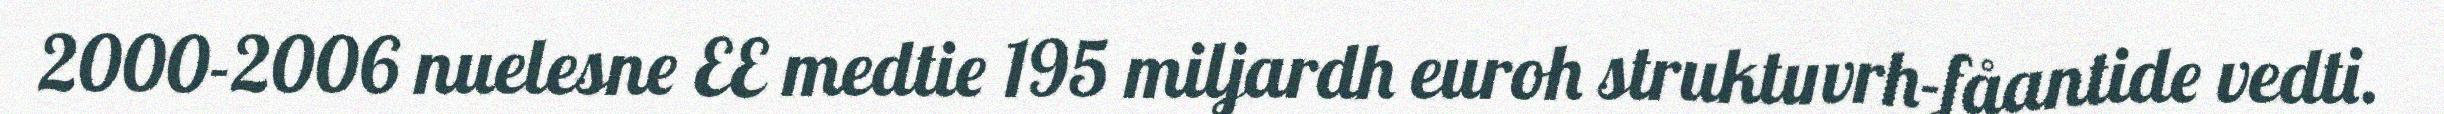
2000-2006 nuelesne EE medtie 195 miljardh euroh struktuvrh-fåantide vedti.